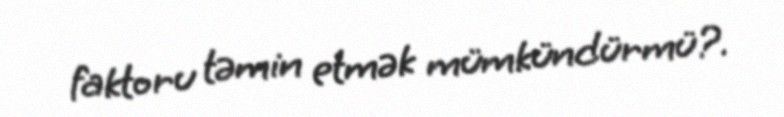
faktoru təmin etmək mümkündürmü?.